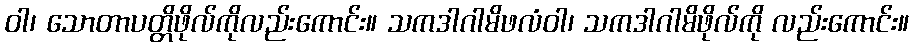
ဝါ၊ သောတာပတ္တိဖိုလ်ကိုလည်းကောင်း။ သကဒါဂါမိဖလံဝါ၊ သကဒါဂါမိဖိုလ်ကို လည်းကောင်း။